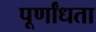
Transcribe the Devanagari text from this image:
पूर्णांधता